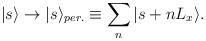
LaTeX: \begin{align*}|s \rangle \rightarrow |s \rangle_{per.} \equiv \sum_n |s+nL_x \rangle.\end{align*}